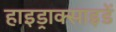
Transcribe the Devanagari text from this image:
हाइड्राक्साइडें